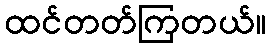
ထင်တတ်ကြတယ်။